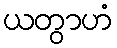
ယတွာဟံ